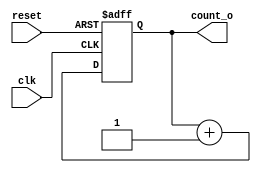
`timescale 1ns / 1ps

module counter2(clk, reset, count_o);
    input clk, reset;
    output [1:0] count_o;
    reg [1:0] count_o;
    
    always @ (posedge clk or negedge reset) begin
        if (reset == 1'b0) begin
            count_o = 2'b00;
        end else begin
            count_o = count_o + 1'b1;
        end
    end
endmodule